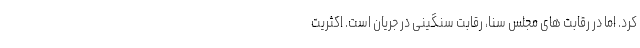
کرد. اما در رقابت های مجلس سنا، رقابت سنگینی در جریان است. اکثریت